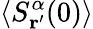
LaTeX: \langle S_{\mathbf{r^{\prime}}}^{\alpha}(0)\rangle